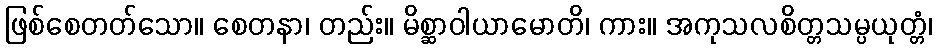
ဖြစ်စေတတ်သော။ စေတနာ၊ တည်း။ မိစ္ဆာဝါယာမောတိ၊ ကား။ အကုသလစိတ္တသမ္ပယုတ္တံ၊